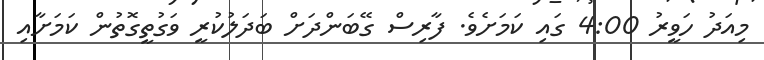
މިއަދު ހަވީރު 4:00 ގައި ކަމަށެވެ. ފާރިސް ގޭބަންދަށް ބަދަލުކުރީ ވަގުތީގޮތުން ކަމަށާއި